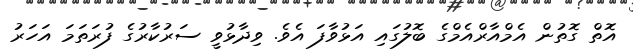
އޮތް ގޮތުން އެމްއާރްއެމްގެ ބޮލުގައި އަޅުވާފަ އެވެ. ވިދާޅުވީ ސަރުކާރުގެ ފުރަތަމަ އަހަރު